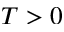
T > 0